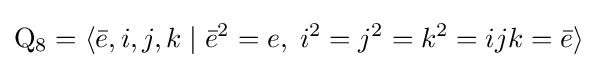
\mathrm {Q} _{8}=\langle {\bar {e}},i,j,k\mid {\bar {e}}^{2}=e,\;i^{2}=j^{2}=k^{2}=ijk={\bar {e}}\rangle